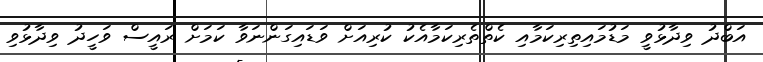
އަބްދު ވިދާޅުވީ މަޑުމައިތިރިކަމާއި ކެތްތެރިކަމާއެކު ކުރިއަށް ވަޑައިގަންނަވާ ކަމަށް ރައީސް ވަހީދު ވިދާޅުވި